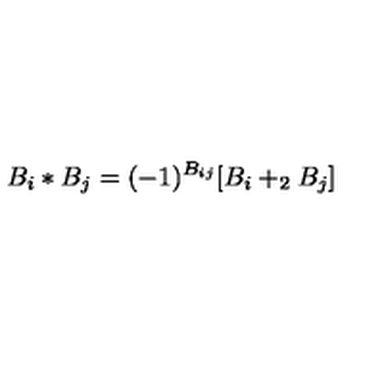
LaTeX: B _ { i } * B _ { j } = ( - 1 ) ^ { B _ { i j } } [ B _ { i } + _ { 2 } B _ { j } ]